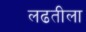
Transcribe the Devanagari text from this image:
लढतीला